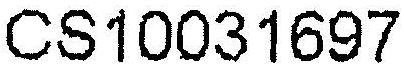
CS10031697